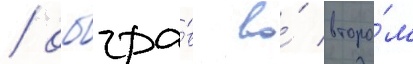
/ обыгра́в во́ второ́м